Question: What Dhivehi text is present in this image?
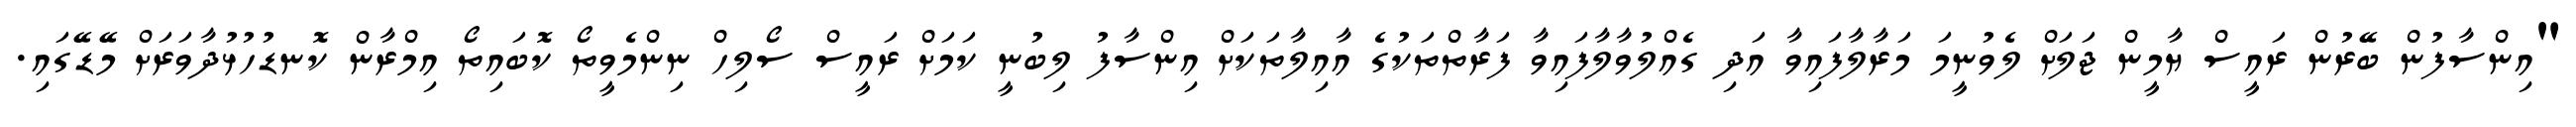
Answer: "އިންސާފުން ބޭރުން ރައީސް ޔާމީން ޖަލަށް ލެވުނީމަ މަރާލާފައިވާ އަދި ގެއްލުވާލާފައިވާ ފަރާތްތަކުގެ އާއިލާތަކަށް އިންސާފު ލިބުނީ ކަމަށް ރައީސް ސޯލިހް ނިންމެވީތޯ ކޮބައިތޯ އިމްރާން ކޮނޑުހުޅުދާވަރަށް މޭޑޭގައި.